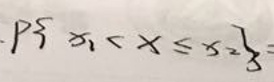
$P\{ x_{1}<X\leq x_{2}\}=$